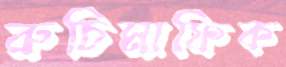
রুচিমাফিক